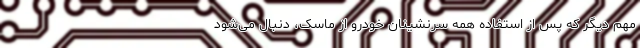
مهم دیگر که پس از استفاده همه سرنشینان خودرو از ماسک، دنبال می‌شود